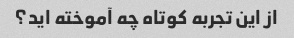
از این تجربه کوتاه چه آموخته اید؟